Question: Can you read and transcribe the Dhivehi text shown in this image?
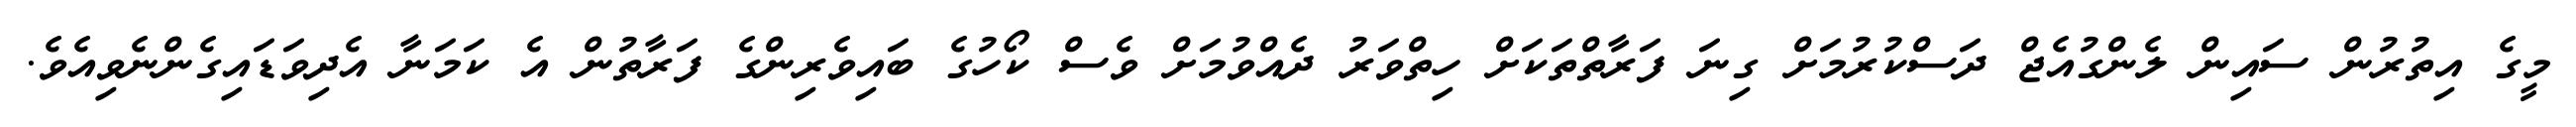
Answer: މީގެ އިތުރުން ސައިން ލެންގުއެޖް ދަސްކުރުމަށް ގިނަ ފަރާތްތަކަށް ހިތްވަރު ދެއްވުމަށް ވެސް ކޯހުގެ ބައިވެރިންގެ ފަރާތުން އެ ކަމަނާ އެދިވަޑައިގެންނެވިއެވެ.